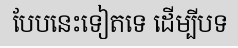
បែបនេះទៀតទេ ដើម្បីបទ